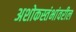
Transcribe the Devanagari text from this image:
अशोकस्तंभांवरील